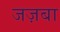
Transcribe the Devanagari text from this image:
जज़बा